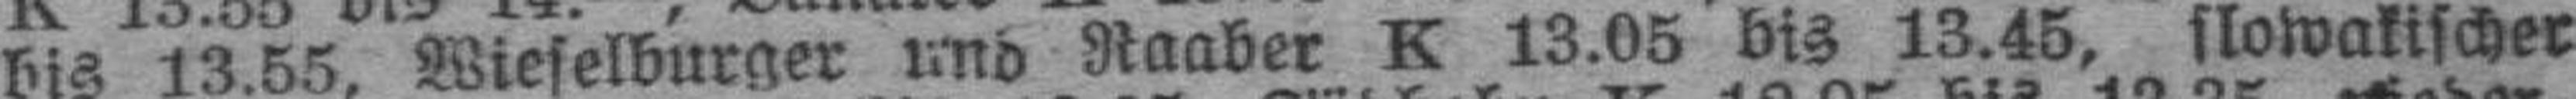
bis 13.55, Wieselburger und Naaber K 13.05 bis 13.45, slowakischer